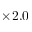
\times 2 . 0